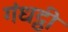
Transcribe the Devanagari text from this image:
गंधट्ठी